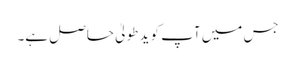
جس میں آپ کو ید طولیٰ حاصل ہے۔